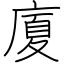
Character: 廈